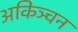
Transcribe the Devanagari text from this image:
अकिञ्चन